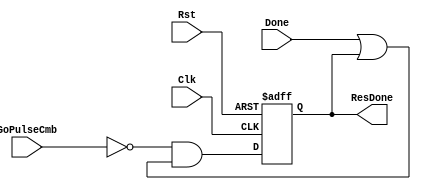
`timescale 1ns / 1ps

module fact_done_stat_reg(
        input           Clk, Rst, GoPulseCmb, Done,
        output  reg     ResDone
    );
    
    always @ (posedge Clk, posedge Rst) 
    begin
        if (Rst)
            ResDone <= 1'b0;
        else
            ResDone <= (~GoPulseCmb) & (Done | ResDone);
    end
endmodule